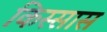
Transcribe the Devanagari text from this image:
किस्सास